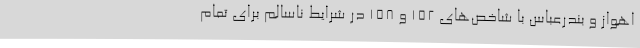
اهواز و بندرعباس با شاخص‌های ۱۵۲ و ۱۵۸ در شرایط ناسالم برای تمام